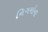
નિગમોના